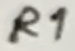
Text: R1